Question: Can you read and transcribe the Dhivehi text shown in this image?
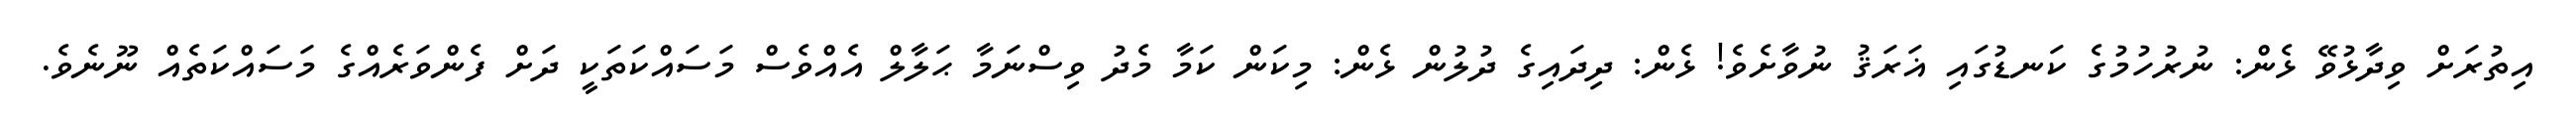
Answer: އިތުރަށް ވިދާޅުވޭ ޅެން: ނުރުހުމުގެ ކަނޑުގައި ޣަރަޤު ނުވާށެވެ! ޅެން: ދިދައިގެ ދުލުން ޅެން: މިކަން ކަމާ މެދު ވިސްނަމާ ޙަލާލް އެއްވެސް މަސައްކަތަކީ ދަށް ފެންވަރެއްގެ މަސައްކަތެއް ނޫނެވެ.